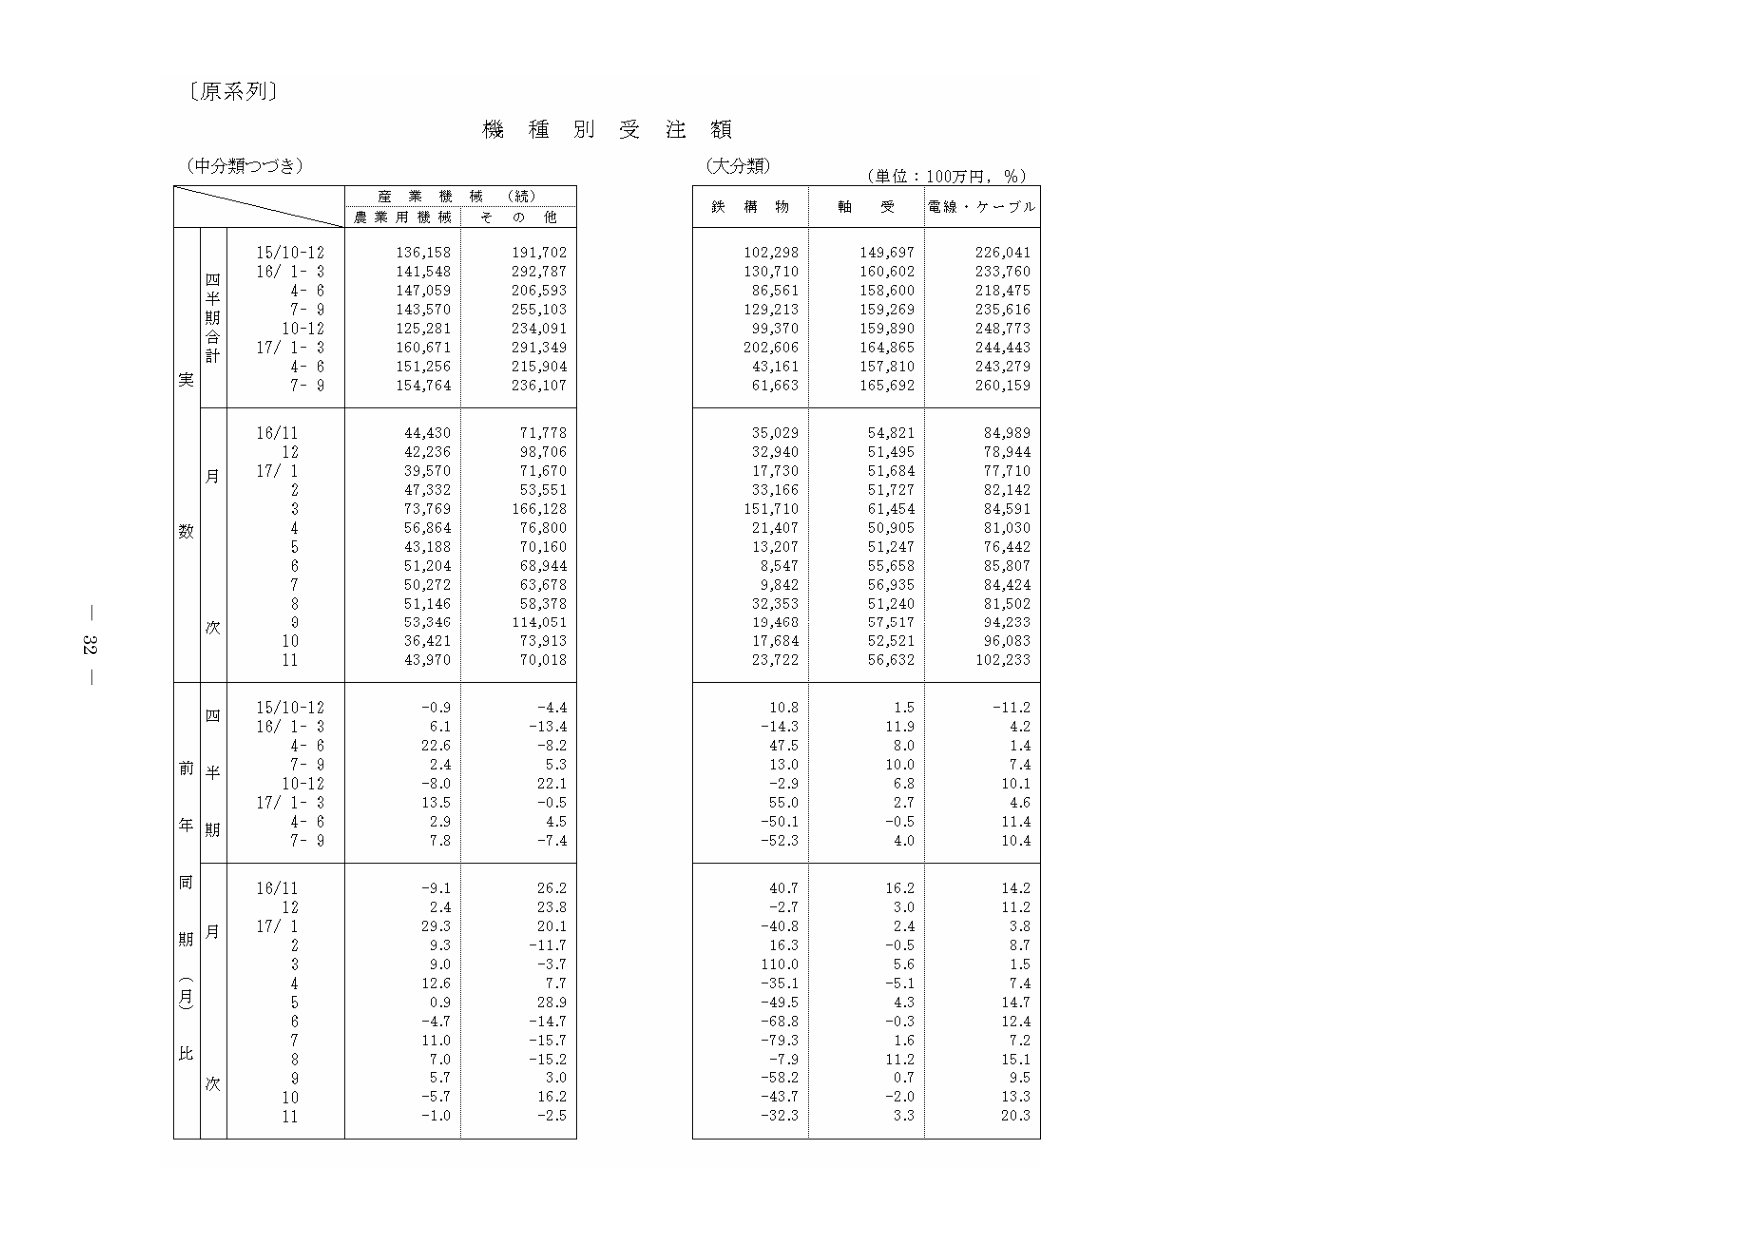
〔原系列〕

機種別受注額

（中分類つづき）